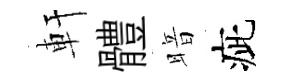
軒體暗疵